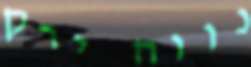
נווה ירק